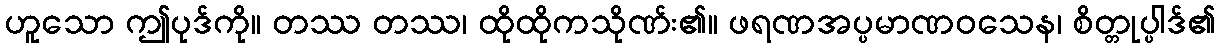
ဟူသော ဤပုဒ်ကို။ တဿ တဿ၊ ထိုထိုကသိုဏ်း၏။ ဖရဏအပ္ပမာဏဝသေန၊ စိတ္တုပ္ပါဒ်၏